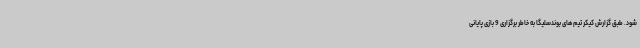
شود. طبق گزارش کیکر تیم های بوندسلیگا به خاطر برگزاری 9 بازی پایانی